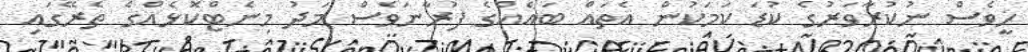
ހީވެސް ނުކުރާވަރުގެ ކުޑަ ކަމަކުން އެތައް ބައެއްގެ ފުރާނަވެސް މަދު މިނެޓްކޮޅެއްގެ ތެރޭގައި